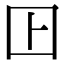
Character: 𡆥